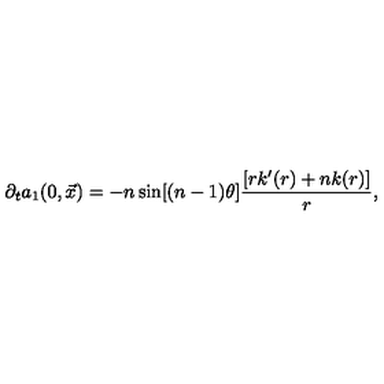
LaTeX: \partial _ { t } a _ { 1 } ( 0 , \vec { x } ) = - n \sin [ ( n - 1 ) \theta ] \frac { [ r k ^ { \prime } ( r ) + n k ( r ) ] } { r } ,